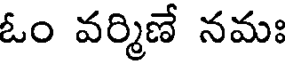
ఓం వర్మిణే నమః